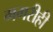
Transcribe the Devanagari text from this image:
मगरीही